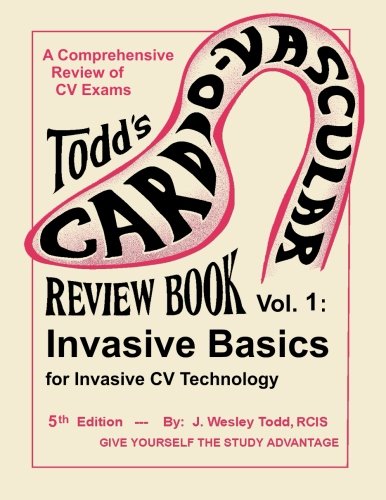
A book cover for Todd's Cardiovascular Review Book Vol. I: Invasive Basics (Cardiovascular Review Books); J. Wesley Todd; Medical Books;